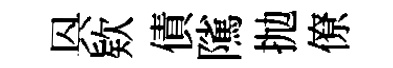
㒷欵債隲抛僚